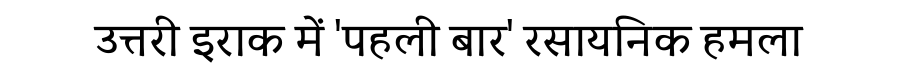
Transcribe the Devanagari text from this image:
उत्तरी इराक में 'पहली बार' रसायनिक हमला